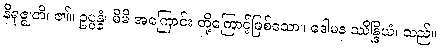
နိရုဇ္ဈတိ၊ ၏။ ဥပ္ပန္နံ၊ မိမိ အကြောင်း တို့ကြောင့်ဖြစ်သော။ ဒေါမန ဿိန္ဒြိယံ၊ သည်။